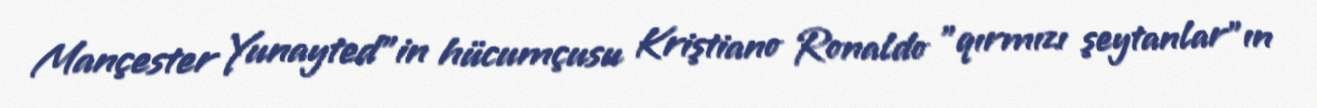
Mançester Yunayted"in hücumçusu Kriştiano Ronaldo "qırmızı şeytanlar"ın